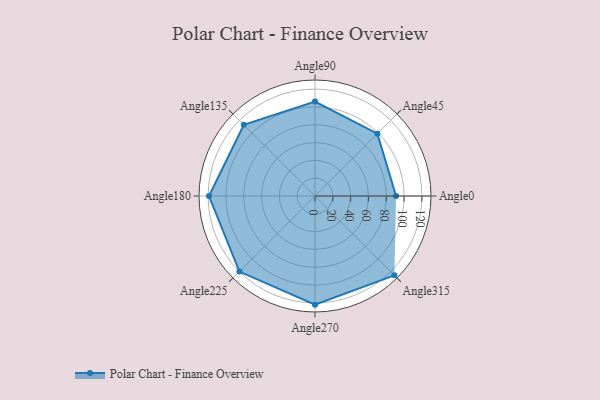
{"axis": {"x": "Angle", "y": "Radius"}, "legend": [""], "data": [{"x": "Angle0", "y": 91.0, "type": ""}, {"x": "Angle45", "y": 99.0, "type": ""}, {"x": "Angle90", "y": 106.0, "type": ""}, {"x": "Angle135", "y": 113.0, "type": ""}, {"x": "Angle180", "y": 119.0, "type": ""}, {"x": "Angle225", "y": 120.0, "type": ""}, {"x": "Angle270", "y": 122.0, "type": ""}, {"x": "Angle315", "y": 126.0, "type": ""}]}